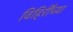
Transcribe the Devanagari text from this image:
विहिरीँच्या